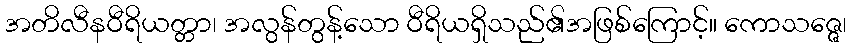
အတိလီနဝီရိယတ္တာ၊ အလွန်တွန့်သော ဝီရိယရှိသည်၏အဖြစ်ကြောင့်။ ကောသဇ္ဇေ၊